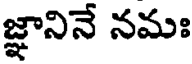
జ్ఞానినే నమః